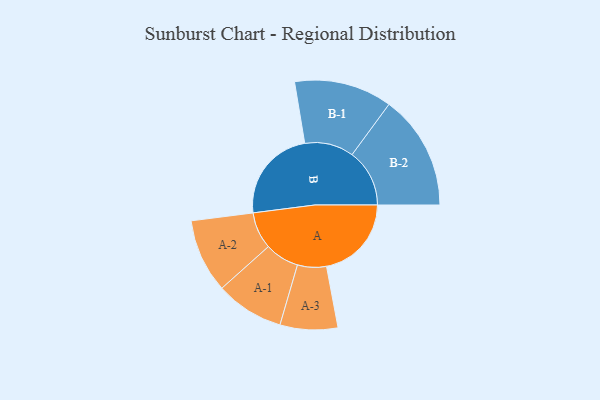
{"axis": {"x": "Segment", "y": "Value"}, "legend": ["", "A", "B"], "data": [{"x": "A", "y": 430, "type": ""}, {"x": "B", "y": 476, "type": ""}, {"x": "A-1", "y": 173, "type": "A"}, {"x": "A-2", "y": 187, "type": "A"}, {"x": "A-3", "y": 146, "type": "A"}, {"x": "B-1", "y": 248, "type": "B"}, {"x": "B-2", "y": 291, "type": "B"}]}